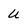
Character: U